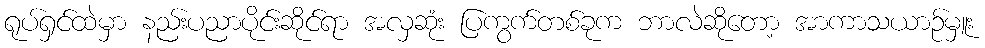
ရုပ်ရှင်ထဲမှာ နည်းပညာပိုင်းဆိုင်ရာ အလှဆုံး ပြကွက်တစ်ခုက ဘာလဲဆိုတော့ အာကာသယာဉ်မှူး